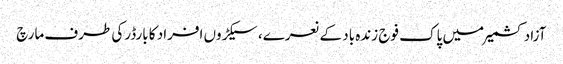
آزاد کشمیرمیں پاک فوج زندہ باد کے نعرے، سیکڑوں افراد کا بارڈرکی طرف مارچ